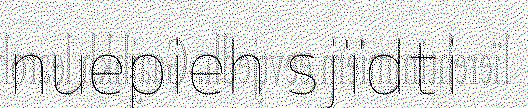
nuepieh sjïdti